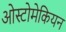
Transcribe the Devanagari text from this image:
ओस्टोमेकियन